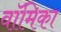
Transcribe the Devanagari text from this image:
वॉमिका